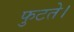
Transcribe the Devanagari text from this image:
फुटते।